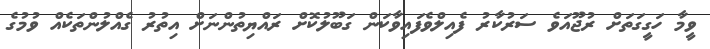
ވީމާ ހަގީގަތަށް ރުޖޫއަވެ ސަރުކާރު ފެއިލްވެފައިވާކަން ގަބޫލުކޮށް ރައްޔިތުންނަށް އިތުރު ގެއްލުންތަކެއް ވުމުގެ